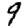
Digit: 9